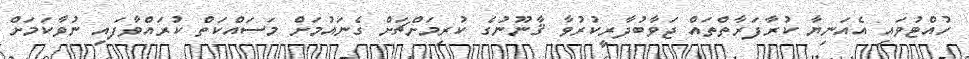
ހުއްޓުވައި އެއަނިޔާ ކުރާފަރާތްތައް ޖަވާބުދާރީކުރުވާ ޤާނޫނުގެ ކުރިމަށްޗަށް ގެނައުމަށް މަސައްކަތް ކުރައްވާފައި ނުވާކަމަށް